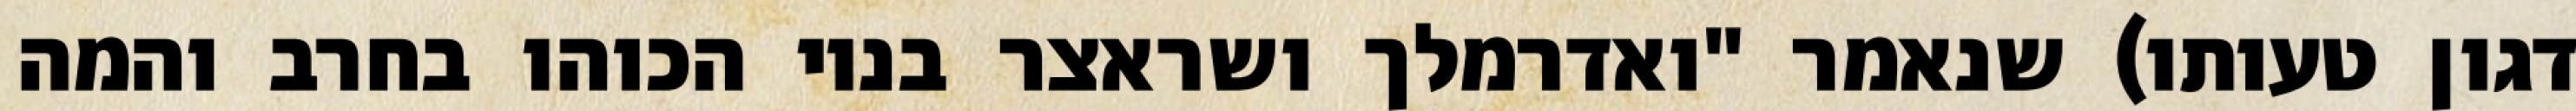
דגון טעותו) שנאמר "ואדרמלך ושראצר בניו הכוהו בחרב והמה